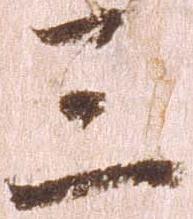
三